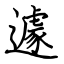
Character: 遽